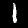
Label: 1